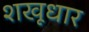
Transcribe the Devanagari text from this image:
शखूधार